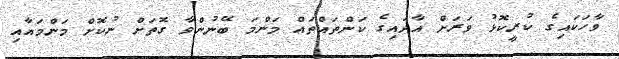
ވާހަކައިގެ ކުރީކޮޅު ވަރަށް އާދައިގެ ކަންތައްތައް މަންމަ ބޭނުންވާ ގޮތަށް ނުކޮށް މަންމައާއި